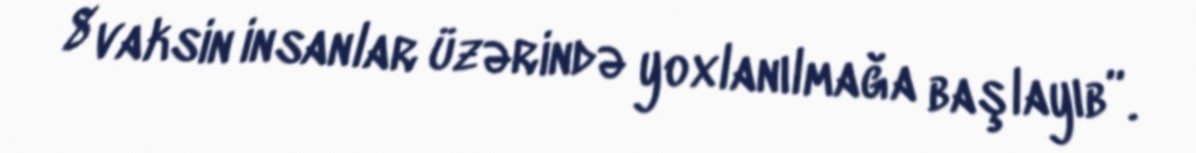
8 vaksin insanlar üzərində yoxlanılmağa başlayıb”.